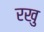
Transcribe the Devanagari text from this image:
रखु